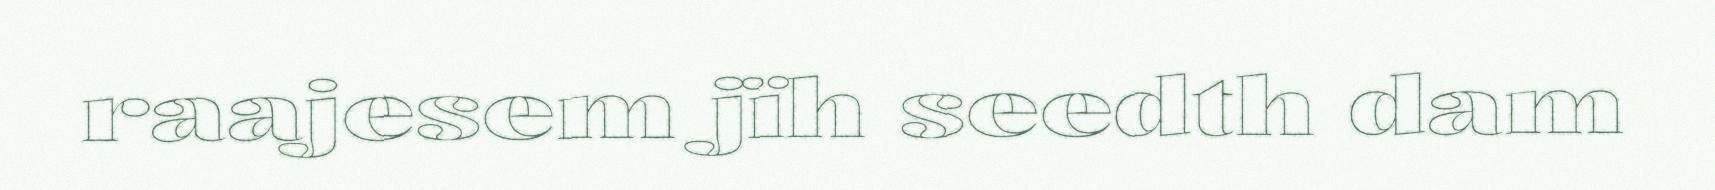
raajesem jïh seedth dam